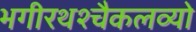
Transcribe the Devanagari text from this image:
भगीरथश्चैकलव्यो